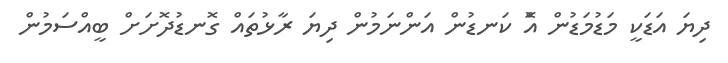
ދިޔަ އަޑަކީ މަޑުމަޑުން އޮް ކަނޑުން އަންނަމުން ދިޔަ ރާޅުތައް ގޮނޑުދޮށަށް ބީއްސަމުން